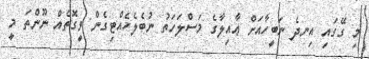
މި ގޭގައި އިނދެ ނަބީހާއަށް ޢާއިލާގެ މަސްލަހަތު ނުބެލެހެއްޓިގެން ވީގޮތެއް ނޫންތަ މީ